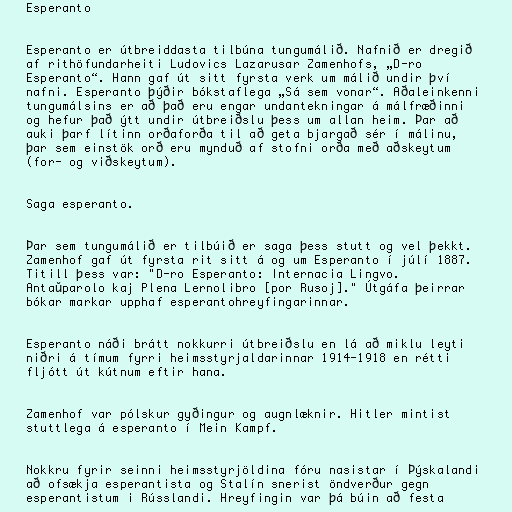
Esperanto

Esperanto er útbreiddasta tilbúna tungumálið. Nafnið er dregið
af rithöfundarheiti Ludovics Lazarusar Zamenhofs, „D-ro
Esperanto“. Hann gaf út sitt fyrsta verk um málið undir því
nafni. Esperanto þýðir bókstaflega „Sá sem vonar“. Aðaleinkenni
tungumálsins er að það eru engar undantekningar á málfræðinni
og hefur það ýtt undir útbreiðslu þess um allan heim. Þar að
auki þarf lítinn orðaforða til að geta bjargað sér í málinu,
þar sem einstök orð eru mynduð af stofni orða með aðskeytum
(for- og viðskeytum).

Saga esperanto.

Þar sem tungumálið er tilbúið er saga þess stutt og vel þekkt.
Zamenhof gaf út fyrsta rit sitt á og um Esperanto í júlí 1887.
Titill þess var: "D-ro Esperanto: Internacia Lingvo.
Antaŭparolo kaj Plena Lernolibro [por Rusoj]." Útgáfa þeirrar
bókar markar upphaf esperantohreyfingarinnar.

Esperanto náði brátt nokkurri útbreiðslu en lá að miklu leyti
niðri á tímum fyrri heimsstyrjaldarinnar 1914-1918 en rétti
fljótt út kútnum eftir hana.

Zamenhof var pólskur gyðingur og augnlæknir. Hitler mintist
stuttlega á esperanto í Mein Kampf.

Nokkru fyrir seinni heimsstyrjöldina fóru nasistar í Þýskalandi
að ofsækja esperantista og Stalín snerist öndverður gegn
esperantistum i Rússlandi. Hreyfingin var þá búin að festa